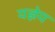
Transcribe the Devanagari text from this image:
यज्ञेय